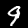
Digit: 9